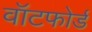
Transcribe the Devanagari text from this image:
वॉटफोर्ड